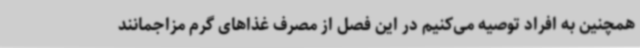
همچنین به افراد توصیه می‌کنیم در این فصل از مصرف غذاهای گرم مزاجمانند